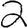
Digit: 2